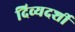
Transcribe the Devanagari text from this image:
दिव्‍यदर्शी